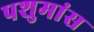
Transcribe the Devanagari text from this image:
पशुमांस